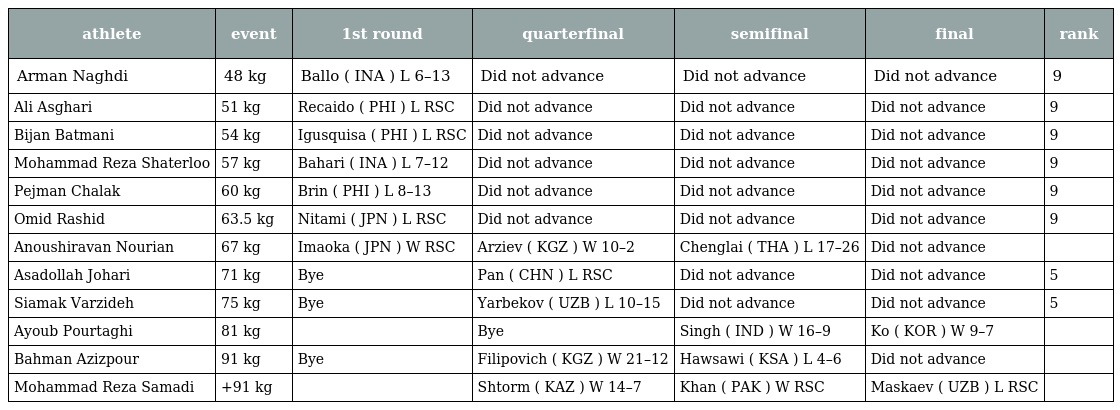
| athlete | event | 1st round | quarterfinal | semifinal | final | rank |
 | --- | --- | --- | --- | --- | --- | --- |
 | Arman Naghdi | 48 kg | Ballo ( INA ) L 6–13 | Did not advance | Did not advance | Did not advance | 9 |
 | Ali Asghari | 51 kg | Recaido ( PHI ) L RSC | Did not advance | Did not advance | Did not advance | 9 |
 | Bijan Batmani | 54 kg | Igusquisa ( PHI ) L RSC | Did not advance | Did not advance | Did not advance | 9 |
 | Mohammad Reza Shaterloo | 57 kg | Bahari ( INA ) L 7–12 | Did not advance | Did not advance | Did not advance | 9 |
 | Pejman Chalak | 60 kg | Brin ( PHI ) L 8–13 | Did not advance | Did not advance | Did not advance | 9 |
 | Omid Rashid | 63.5 kg | Nitami ( JPN ) L RSC | Did not advance | Did not advance | Did not advance | 9 |
 | Anoushiravan Nourian | 67 kg | Imaoka ( JPN ) W RSC | Arziev ( KGZ ) W 10–2 | Chenglai ( THA ) L 17–26 | Did not advance |  |
 | Asadollah Johari | 71 kg | Bye | Pan ( CHN ) L RSC | Did not advance | Did not advance | 5 |
 | Siamak Varzideh | 75 kg | Bye | Yarbekov ( UZB ) L 10–15 | Did not advance | Did not advance | 5 |
 | Ayoub Pourtaghi | 81 kg |  | Bye | Singh ( IND ) W 16–9 | Ko ( KOR ) W 9–7 |  |
 | Bahman Azizpour | 91 kg | Bye | Filipovich ( KGZ ) W 21–12 | Hawsawi ( KSA ) L 4–6 | Did not advance |  |
 | Mohammad Reza Samadi | +91 kg |  | Shtorm ( KAZ ) W 14–7 | Khan ( PAK ) W RSC | Maskaev ( UZB ) L RSC |  |